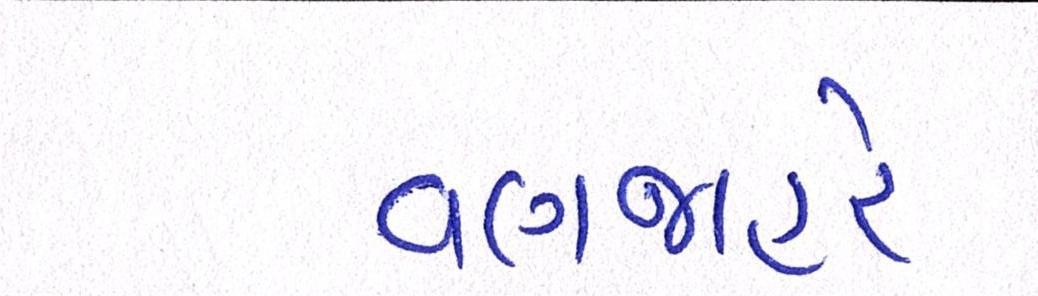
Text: વણજાહેર